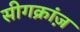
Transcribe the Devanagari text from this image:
सीगक्रांज़